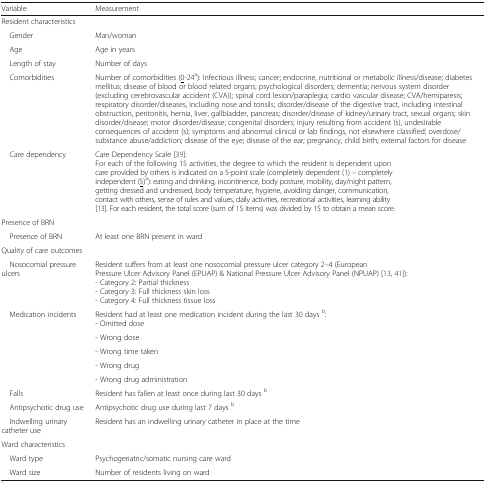
<table><thead><tr><td><b>Variable</b></td><td><b>Measurement</b></td></tr></thead><tbody><tr><td colspan="2">Resident characteristics</td></tr><tr><td> Gender</td><td>Man/woman</td></tr><tr><td> Age</td><td>Age in years</td></tr><tr><td> Length of stay</td><td>Number of days</td></tr><tr><td> Comorbidities</td><td>Number of comorbidities (<underline>0</underline>-24<sup>a</sup>): Infectious illness; cancer; endocrine, nutritional or metabolic illness/disease; diabetes mellitus; disease of blood or blood related organs; psychological disorders; dementia; nervous system disorder (excluding cerebrovascular accident (CVA)); spinal cord lesion/paraplegia; cardio vascular disease; CVA/hemiparesis; respiratory disorder/diseases, including nose and tonsils; disorder/disease of the digestive tract, including intestinal obstruction, peritonitis, hernia, liver, gallbladder, pancreas; disorder/disease of kidney/urinary tract, sexual organs; skin disorder/disease; motor disorder/disease; congenital disorders; injury resulting from accident (s), undesirable consequences of accident (s); symptoms and abnormal clinical or lab findings, not elsewhere classified; overdose/substance abuse/addiction; disease of the eye; disease of the ear; pregnancy, child birth; external factors for disease</td></tr><tr><td> Care dependency</td><td>Care Dependency Scale [39]:For each of the following 15 activities, the degree to which the resident is dependent upon care provided by others is indicated on a 5-point scale (completely dependent (1) – completely independent (<underline>5</underline>)<sup>a</sup>): eating and drinking, incontinence, body posture, mobility, day/night pattern, getting dressed and undressed, body temperature, hygiene, avoiding danger, communication, contact with others, sense of rules and values, daily activities, recreational activities, learning ability [13]. For each resident, the total score (sum of 15 items) was divided by 15 to obtain a mean score.</td></tr><tr><td colspan="2">Presence of BRN</td></tr><tr><td> Presence of BRN</td><td>At least one BRN present in ward</td></tr><tr><td colspan="2">Quality of care outcomes</td></tr><tr><td> Nosocomial pressure ulcers</td><td>Resident suffers from at least one nosocomial pressure ulcer category 2–4 (European Pressure Ulcer Advisory Panel (EPUAP) &amp; National Pressure Ulcer Advisory Panel (NPUAP) [13, 41]):- Category 2: Partial thickness- Category 3: Full thickness skin loss- Category 4: Full thickness tissue loss</td></tr><tr><td rowspan="5"> Medication incidents</td><td>Resident had at least one medication incident during the last 30 days <sup>b</sup>:- Omitted dose</td></tr><tr><td>- Wrong dose</td></tr><tr><td>- Wrong time taken</td></tr><tr><td>- Wrong drug</td></tr><tr><td>- Wrong drug administration</td></tr><tr><td> Falls</td><td>Resident has fallen at least once during last 30 days <sup>b</sup></td></tr><tr><td> Antipsychotic drug use</td><td>Antipsychotic drug use during last 7 days <sup>b</sup></td></tr><tr><td> Indwelling urinary catheter use</td><td>Resident has an indwelling urinary catheter in place at the time</td></tr><tr><td colspan="2">Ward characteristics</td></tr><tr><td> Ward type</td><td>Psychogeriatric/somatic nursing care ward</td></tr><tr><td> Ward size</td><td>Number of residents living on ward</td></tr></tbody></table>